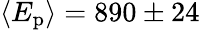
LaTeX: \langle E_{\textup{p}}\rangle=890\pm 24